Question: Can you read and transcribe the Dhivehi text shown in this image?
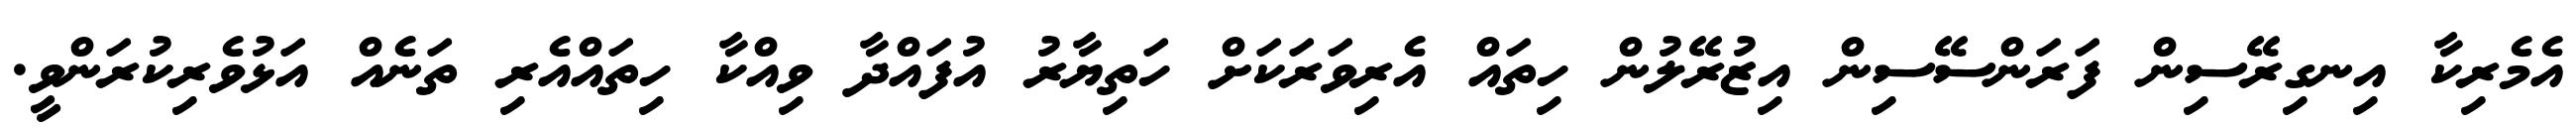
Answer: އެމެރިކާ އިނގިރޭސިން ފަރަންސޭސިން އިޒުރޭލުން ހިތައް އެރިވަރަކަށް ހަތިޔާރު އުފައްދާ ވިއްކާ ހިތައްއެރި ތަނެއް އަޅުވެރިކުރަންވީ.